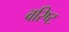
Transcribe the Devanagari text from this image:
वरिष्‍ट